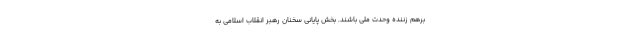
برهم زننده وحدت ملی باشند. بخش پایانی سخنان رهبر انقلاب اسلامی به